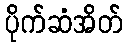
ပိုက်ဆံအိတ်